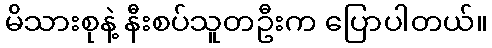
မိသားစုနဲ့ နီးစပ်သူတဦးက ပြောပါတယ်။